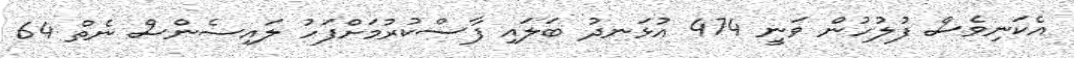
އެކަނިވެސް ފުލުހުން ވަނީ 474 އުޅަނދު ބަލައި ފާސްކުރުމަށްފަހު ލައިސެންސް ނެތް 64